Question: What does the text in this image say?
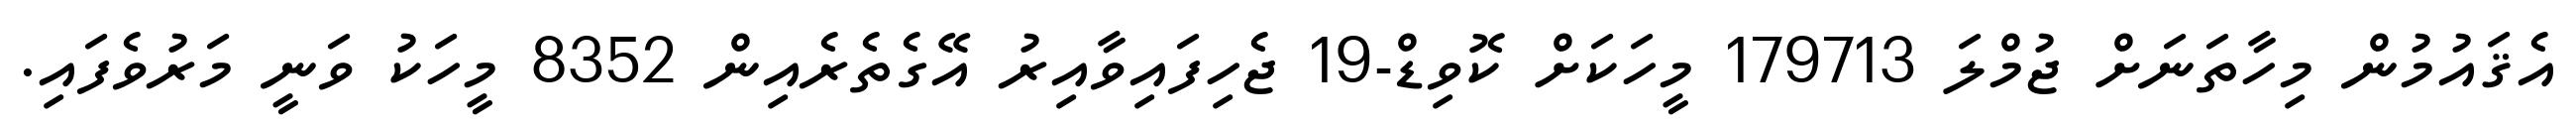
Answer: އެޤައުމުން މިހާތަނަށް ޖުމްލަ 179713 މީހަކަށް ކޮވިޑް-19 ޖެހިފައިވާއިރު އޭގެތެރެއިން 8352 މީހަކު ވަނީ މަރުވެފައި.